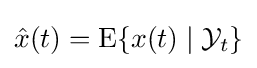
{\hat {x}}(t)=\operatorname {E} \{x(t)\mid {\cal {Y}}_{t}\}